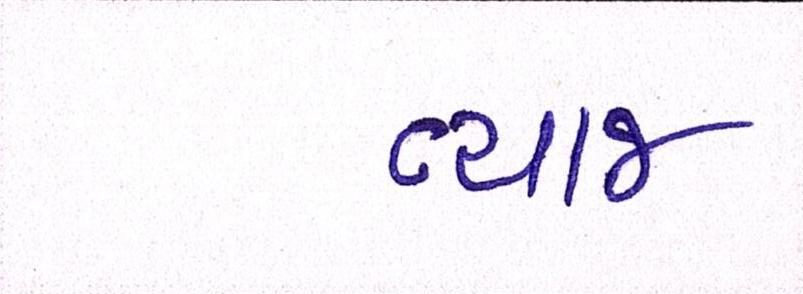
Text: વ્યાજ